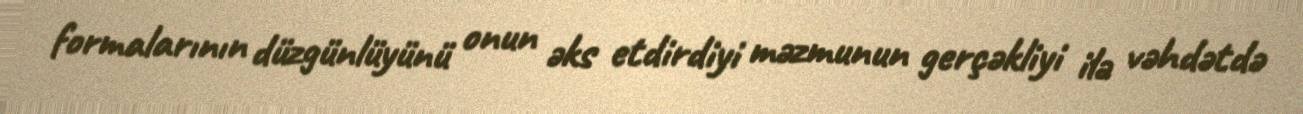
formalarının düzgünlüyünü onun əks etdirdiyi məzmunun gerçəkliyi ilə vəhdətdə